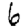
Digit: 6